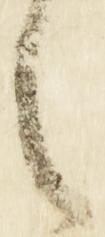
之